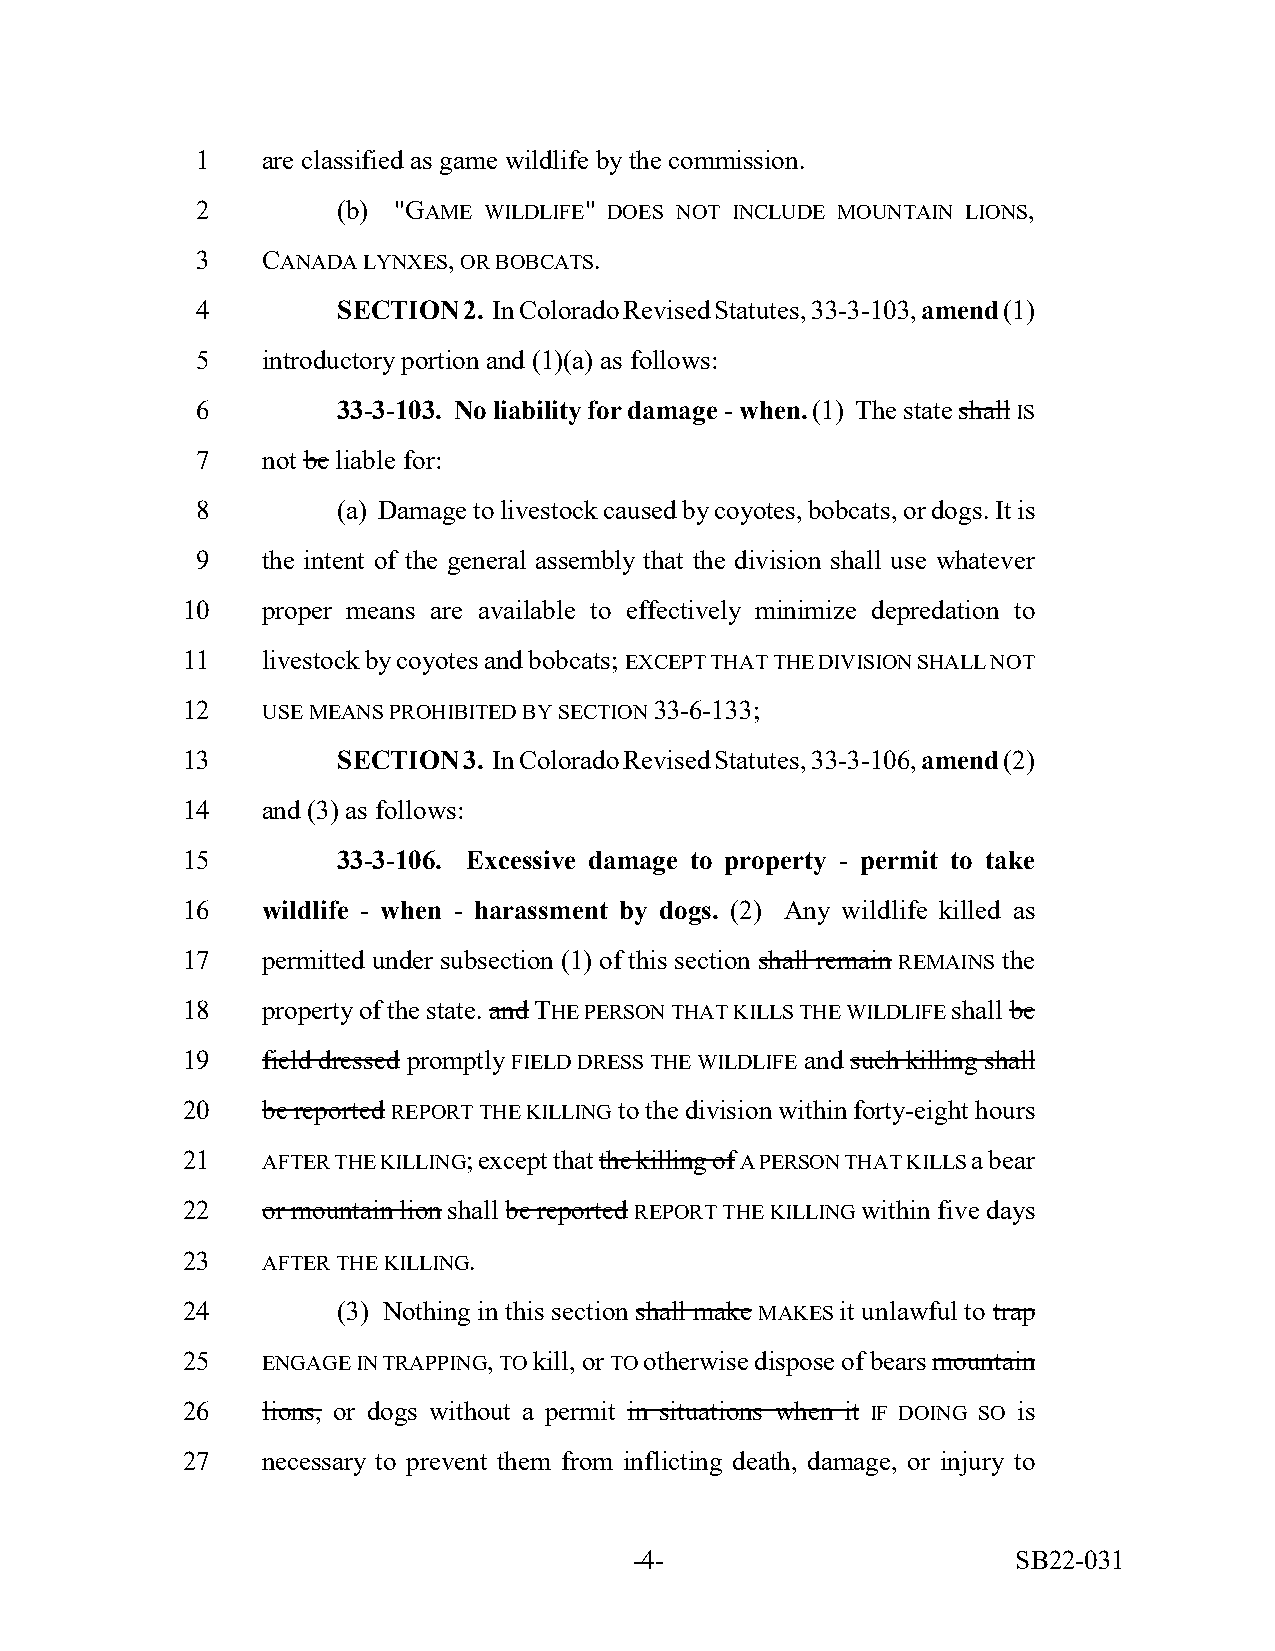
1   are classified as game wildlife by the commission.
 2        (b) "GAME WILDLIFE" DOES NOT INCLUDE MOUNTAIN LIONS,
 3   CANADA LYNXES, OR BOBCATS.
 4        SECTION  2. In Colorado Revised Statutes, 33-3-103, amend (1)
 5   introductory portion and (1)(a) as follows:
 6        33-3-103. No liability for damage - when. (1) The state shall IS
 7   not be liable for:
 8        (a) Damage to livestock caused by coyotes, bobcats, or dogs. It is
 9   the intent of the general assembly that the division shall use whatever
 10   proper means are available to effectively minimize depredation to
 11   livestock by coyotes and bobcats; EXCEPT THAT THE DIVISION SHALL NOT
 12   USE MEANS PROHIBITED BY SECTION 33-6-133;
 13        SECTION  3. In Colorado Revised Statutes, 33-3-106, amend (2)
 14   and (3) as follows:
 15        33-3-106. Excessive damage to property - permit to take
 16   wildlife - when - harassment by dogs. (2) Any wildlife killed as
 17   permitted under subsection (1) of this section shall remain REMAINS the
 18   property of the state. and THE PERSON THAT KILLS THE WILDLIFE shall be
 19   field dressed promptly FIELD DRESS THE WILDLIFE and such killing shall
 20   be reported REPORT THE KILLING to the division within forty-eight hours
 21   AFTER THE KILLING; except that the killing of A PERSON THAT KILLS a bear
 22   or mountain lion shall be reported REPORT THE KILLING within five days
 23   AFTER THE KILLING.
 24        (3) Nothing in this section shall make MAKES it unlawful to trap
 25   ENGAGE IN TRAPPING, TO kill, or TO otherwise dispose of bears mountain
 26   lions, or dogs without a permit in situations when it IF DOING SO is
 27   necessary to prevent them from inflicting death, damage, or injury to
 -4-                      SB22-031